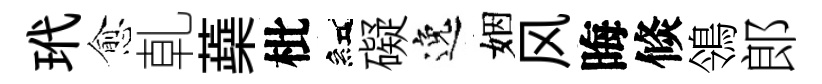
玳愈乹蘃枇紅礙逸姻风晦倐鴒郎